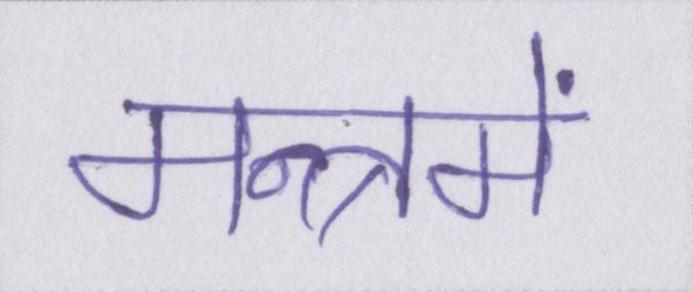
मन्त्रमें